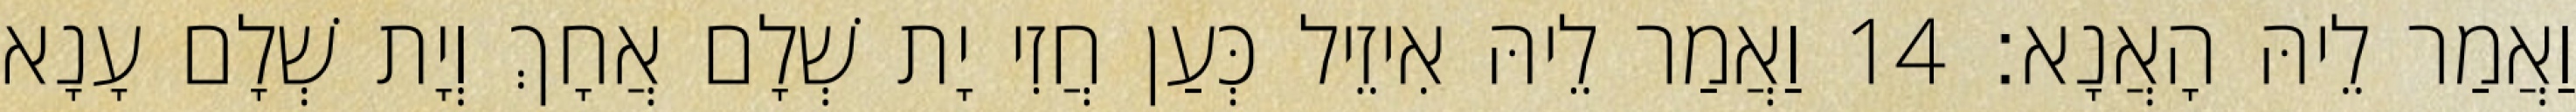
וַאֲמַר לֵיהּ הָאֲנָא׃ 14 וַאֲמַר לֵיהּ אִיזֵיל כְּעַן חֲזִי יָת שְׁלָם אֲחָךְ וְיָת שְׁלָם עָנָא